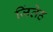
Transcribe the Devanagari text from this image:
जिंतेह